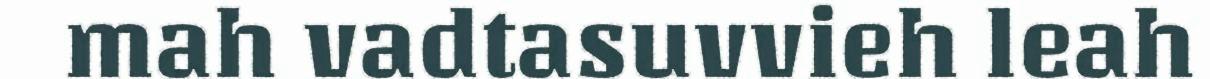
mah vadtasuvvieh leah